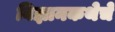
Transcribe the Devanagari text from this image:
विज्ञानकथेचे